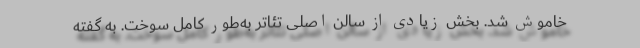
خاموش شد. بخش زیادی از سالن اصلی تئاتر به‌طور کامل سوخت. به گفته